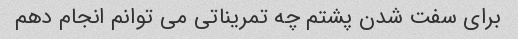
برای سفت شدن پشتم چه تمریناتی می توانم انجام دهم